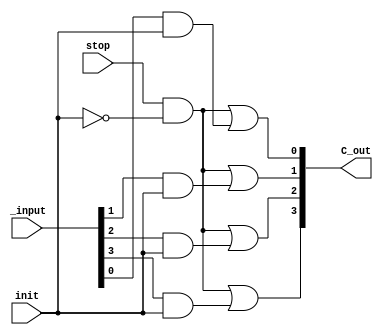
module new_mux(input stop, input [3:0]_input, input init, output [3:0]C_out);


not(init_bar, init);


and(w0, stop, init_bar);

and(w1, _input[0], init);
and(w2, _input[1], init);
and(w3, _input[2], init);
and(w4, _input[3], init);

or(C_out[0], w0, w1);
or(C_out[1], w0, w2);
or(C_out[2], w0, w3);
or(C_out[3], w0, w4);



endmodule